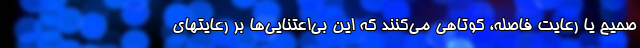
صحیح یا رعایت فاصله، کوتاهی می‌کنند که این بی‌اعتنایی‌ها بر رعایتهای